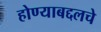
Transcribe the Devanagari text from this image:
होण्याबद्दलचे